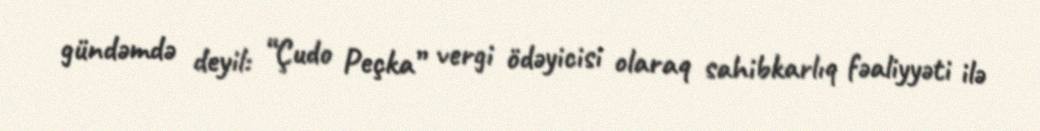
gündəmdə deyil: “Çudo Peçka” vergi ödəyicisi olaraq sahibkarlıq fəaliyyəti ilə